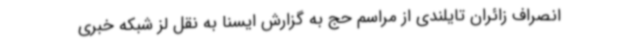
انصراف زائران تایلندی از مراسم حج به گزارش ایسنا به نقل لز شبکه خبری